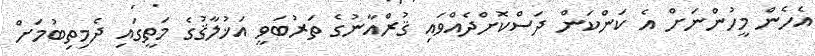
އެހެން މީހުންނަށް އެ ކަންކަން ދަސްކޮށްދެއްވައި ޤުރްއާނުގެ ތަރުބަވީ އަޚުލާޤުގެ މަތީގައި ދެމިތިބުމަށް